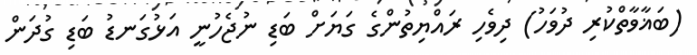
(ބަޣާވާތްކުރި ދުވަހު) ދިވެހި ރައްޔިތުންގެ ގަޔަށް ބަޑި ނުޖެހުނީ އަޅުގަނޑު ބަޑި ގުދަން